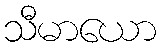
သီမာယော